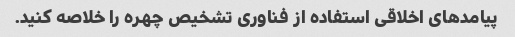
پیامدهای اخلاقی استفاده از فناوری تشخیص چهره را خلاصه کنید.